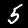
Label: 5